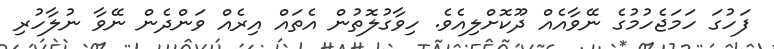
ފަހުގަ ހަމަޖެހުމުގެ ނޭވާއެއް ދޫކޮށްލިއެވެ. ހިވާގުލޮތުން އެތައް އިރެއް ވަންދެން ނޭވާ ނުލާހުރި